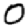
Digit: 0